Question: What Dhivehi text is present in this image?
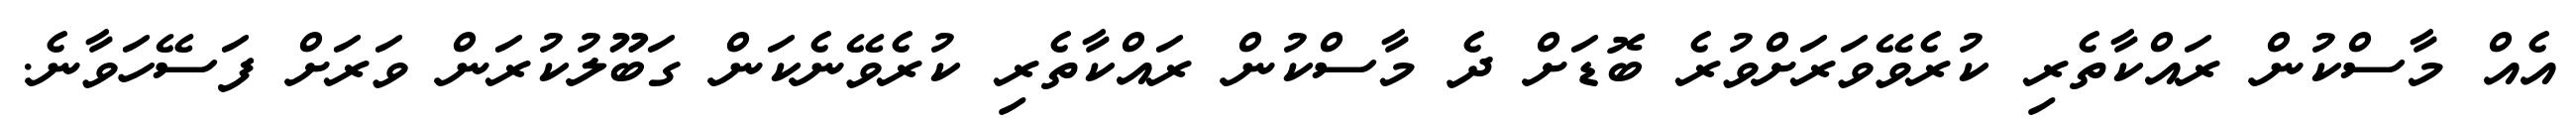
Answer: އެއް މާސްކުން ރައްކާތެރި ކުރެވޭވަރަށްވުރެ ބޮޑަށް ދެ މާސްކުން ރައްކާތެރި ކުރެވޭނެކަން ގަބޫލުކުރަން ވަރަށް ފަސޭހަވާނެ.